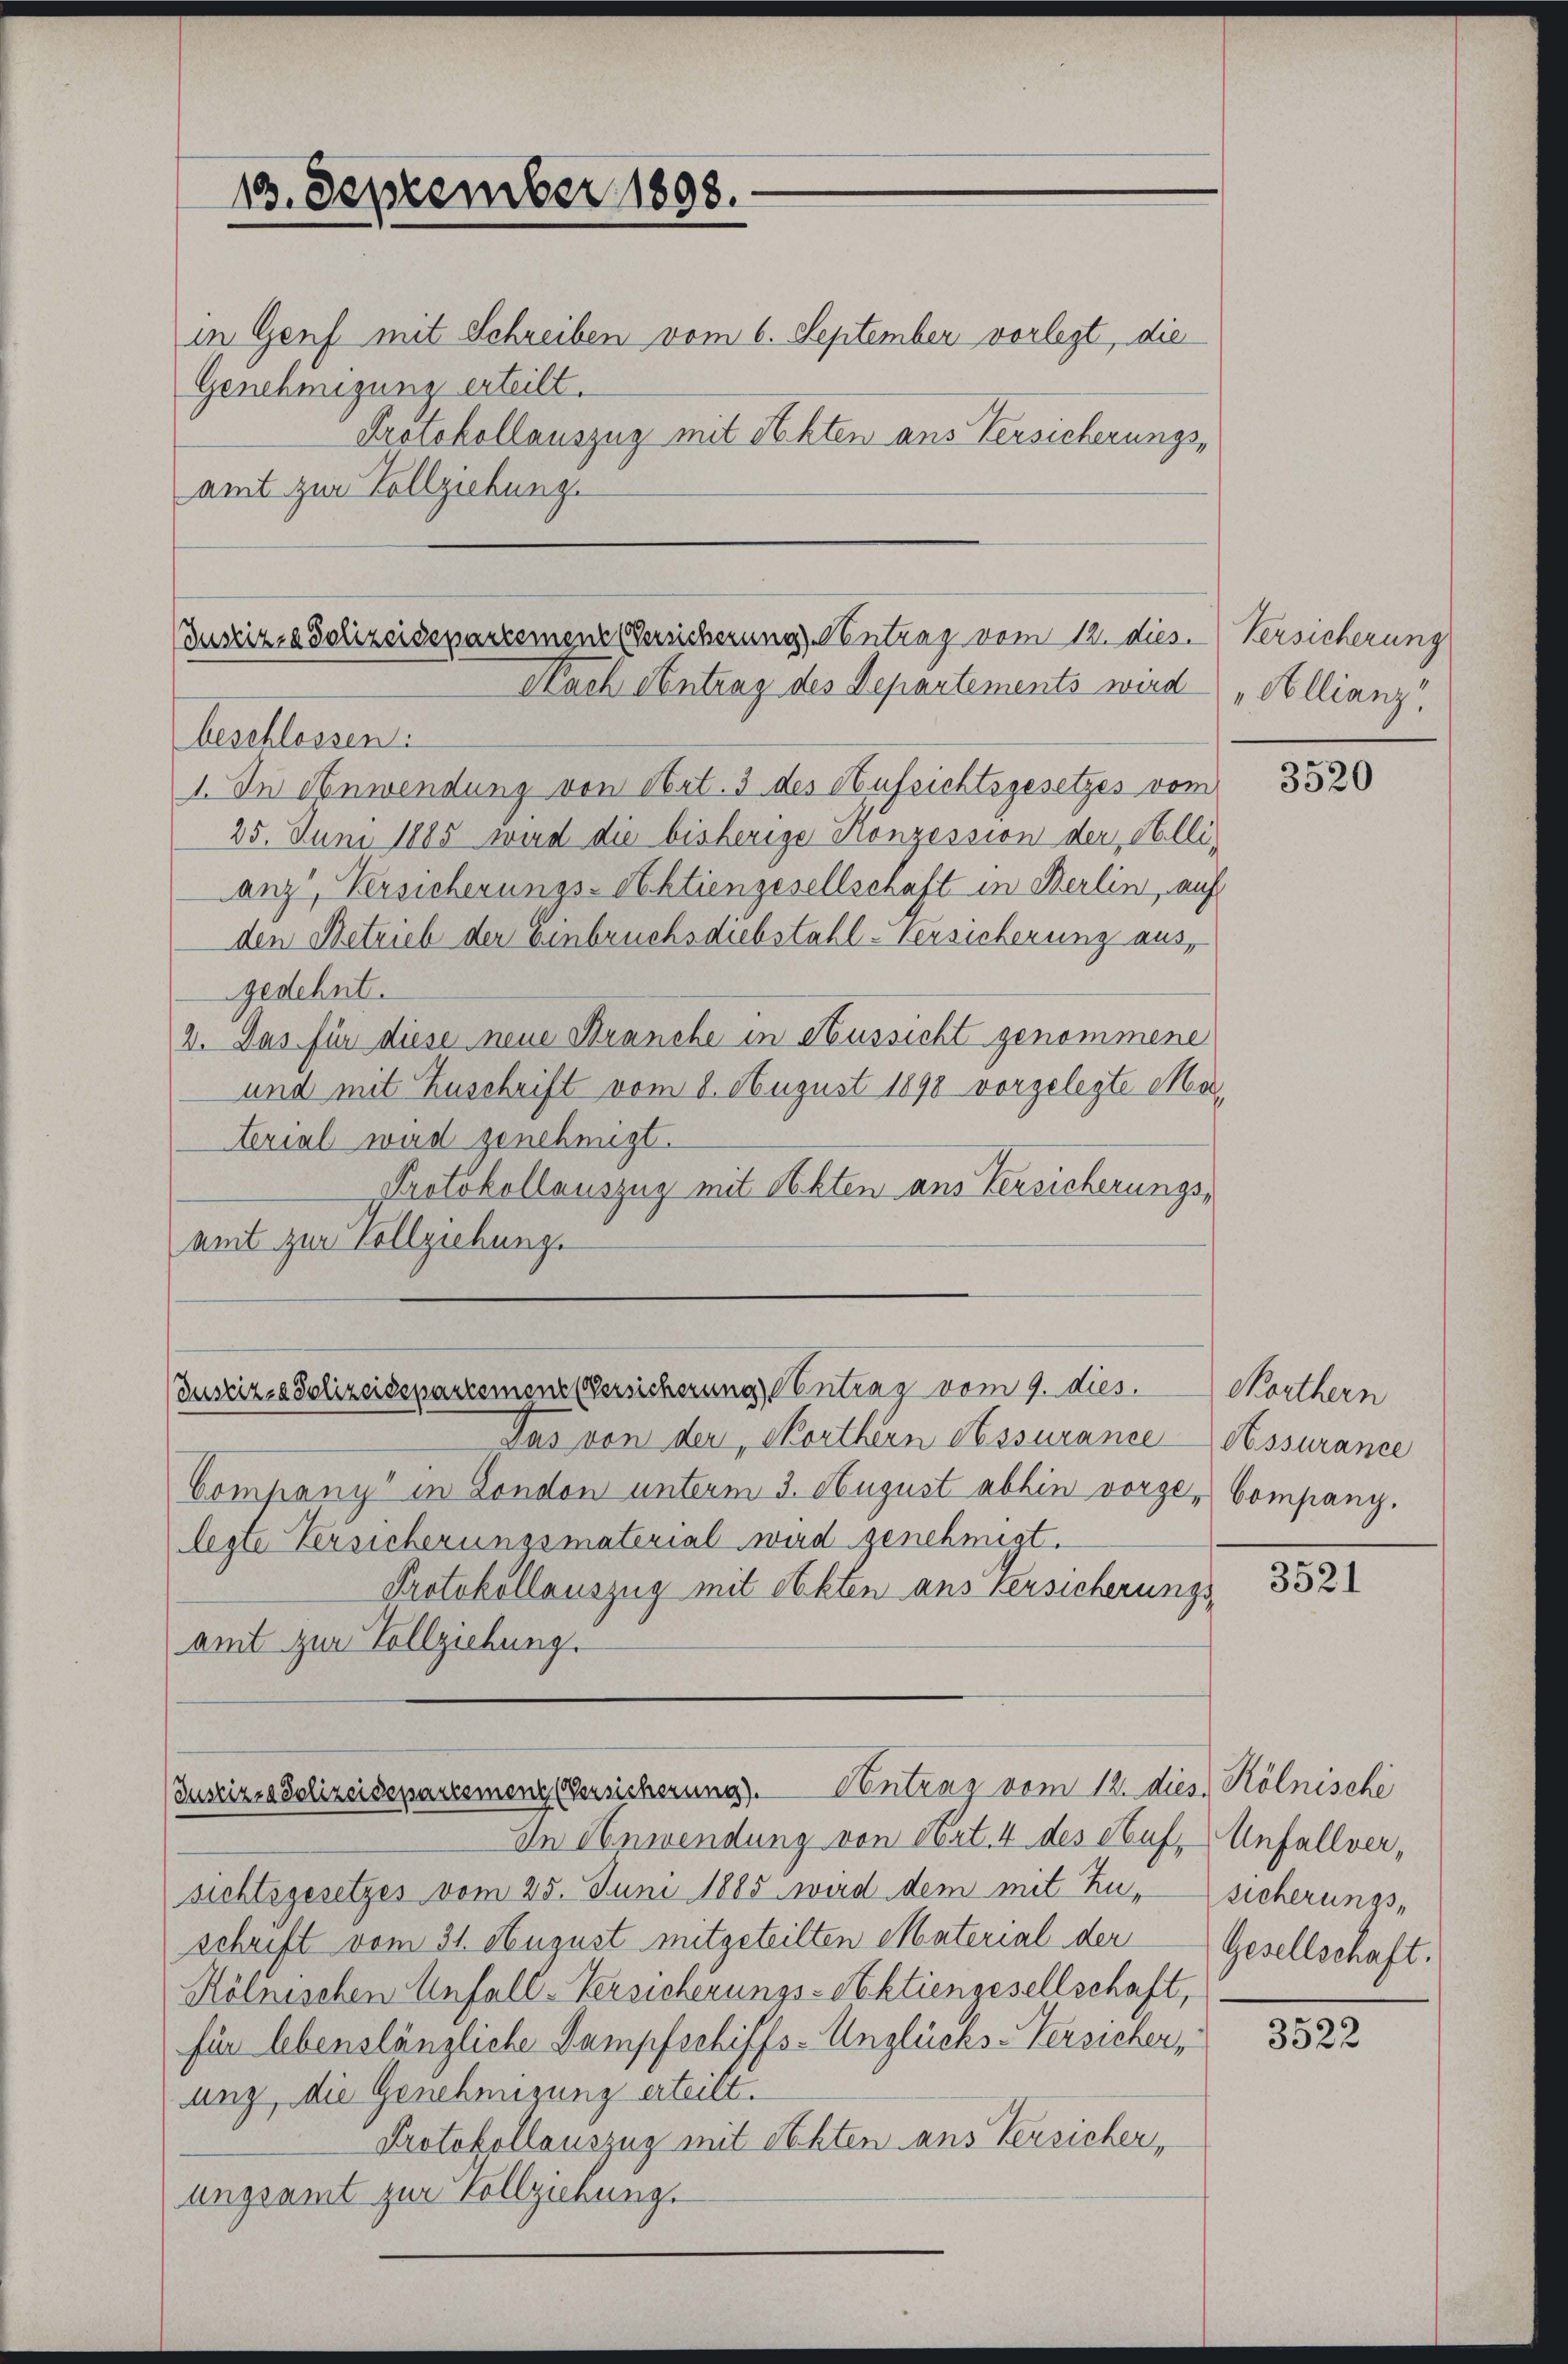
10. September 1898.

Justiz- & Polizeidepartement Versicherung Antrag vom 12. dies. Versicherung
Nach Antrag des Departements wird

in Genf mit Schreiben vom 6. September vorlegt, die
Genehmigung erteilt.
Protokollauszug mit Akten aus Versicherungs-
amt zur Vollziehung.

beschlossen:
1. In Anwendung von Art. 3 des Aufsichtsgesetzes vom
25. Juni 1885 wird die bisherige Konzession der Pollianz, Versicherungs-Aktiengesellschaft in Berlin, auf
den Betrieb der Einbruchsdiebstahl-Versicherung aus,
gedehnt.
2. Das für diese neue Stranche in Aussicht genommene
und mit Zuschrift vom 8. August 1890 vorgelegte Material wird genehmigt.
Protokollauszug mit Abten aus Versicherungsamt zur Vollziehung.

Das von der Sorthern Nessurancessurance
Company in London unterm 3. August abhin vorge- Company.
legte Versicherungsmaterial wird genehmigt.
Protokollauszug mit Obkten aus Versicherungs-
amt zur Vollziehung.

Justiz- & Polizeisepartemene Versicherung Eintrag/Antrag vom 9. dies.

(Juseine Polizeiseparesmenz Versicherung). Contrag vom 12. dies. Kölnische

In Anwendung von Art. 4 des Aufsichtsgesetzes vom 25. Juni 1885 wird dem mit Zuschrift vom 31. August mitgeteilten Material der
Kölnischen Unfall-Versicherungs-Aktiengesellschaft,
für lebenslängliche Dampfschiffs-Unglücks-Versicher,
ung, die Genehmigung erteilt.
Protokollauszug mit Rechten aus Versicher,
ungsamt zur Vollziehung.

Allianz

3520

Morthern

3521

Unfall(...),
sicherungs¬
Gesellschaft.

3522